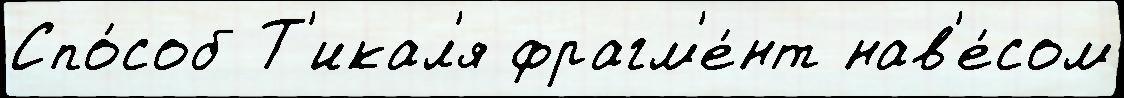
Спо́соб Т'икал'я фрагм'е́нт нав'е́сом